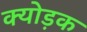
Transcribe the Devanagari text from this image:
क्योड़क